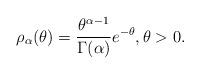
LaTeX: \begin{align*} \rho_{\alpha}(\theta)=\dfrac{\theta^{\alpha-1}}{\Gamma (\alpha)}e^{-\theta},\theta >0.\end{align*}